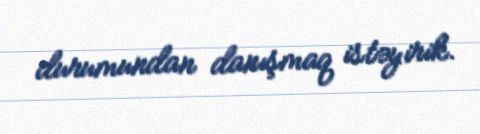
durumundan danışmaq istəyirik.